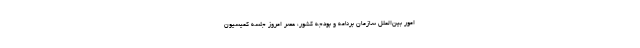
امور بین‌الملل سازمان برنامه و بودجه کشور، عصر امروز جلسه کمیسیون